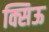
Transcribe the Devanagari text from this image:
क्सिऊ